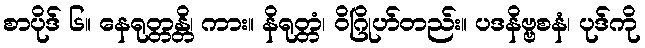
စာပိုဒ် ၆။ နေရုတ္တန္တိ၊ ကား။ နိရုတ္တံ၊ ဝိဂြိုဟ်တည်း။ ပဒနိဗ္ဗစနံ၊ ပုဒ်ကို